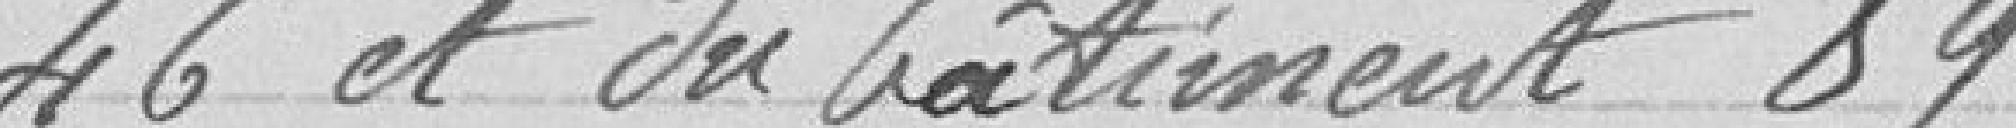
46 et du bâtiment 89.